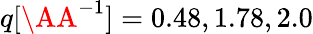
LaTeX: q[\AA^{-1}]=0.48,1.78,2.0